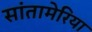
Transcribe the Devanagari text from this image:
सांतामेरिया